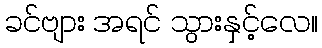
ခင်ဗျား အရင် သွားနှင့်လေ။